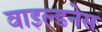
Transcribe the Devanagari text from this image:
वाइल्डनेस